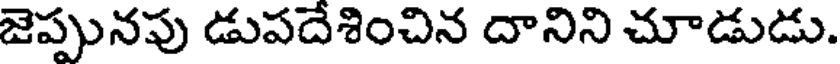
జెప్పునపు డుపదేశించిన దానిని చూడుడు.